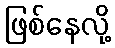
ဖြစ်နေလို့